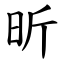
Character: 昕